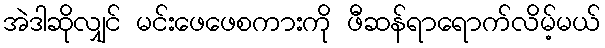
အဲဒါဆိုလျှင် မင်းဖေဖေစကားကို ဖီဆန်ရာရောက်လိမ့်မယ်